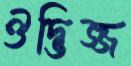
ঔদ্ভিজ্জ